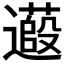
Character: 𬩞